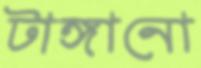
টাঙ্গানো